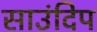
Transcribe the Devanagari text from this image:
साउंदिप